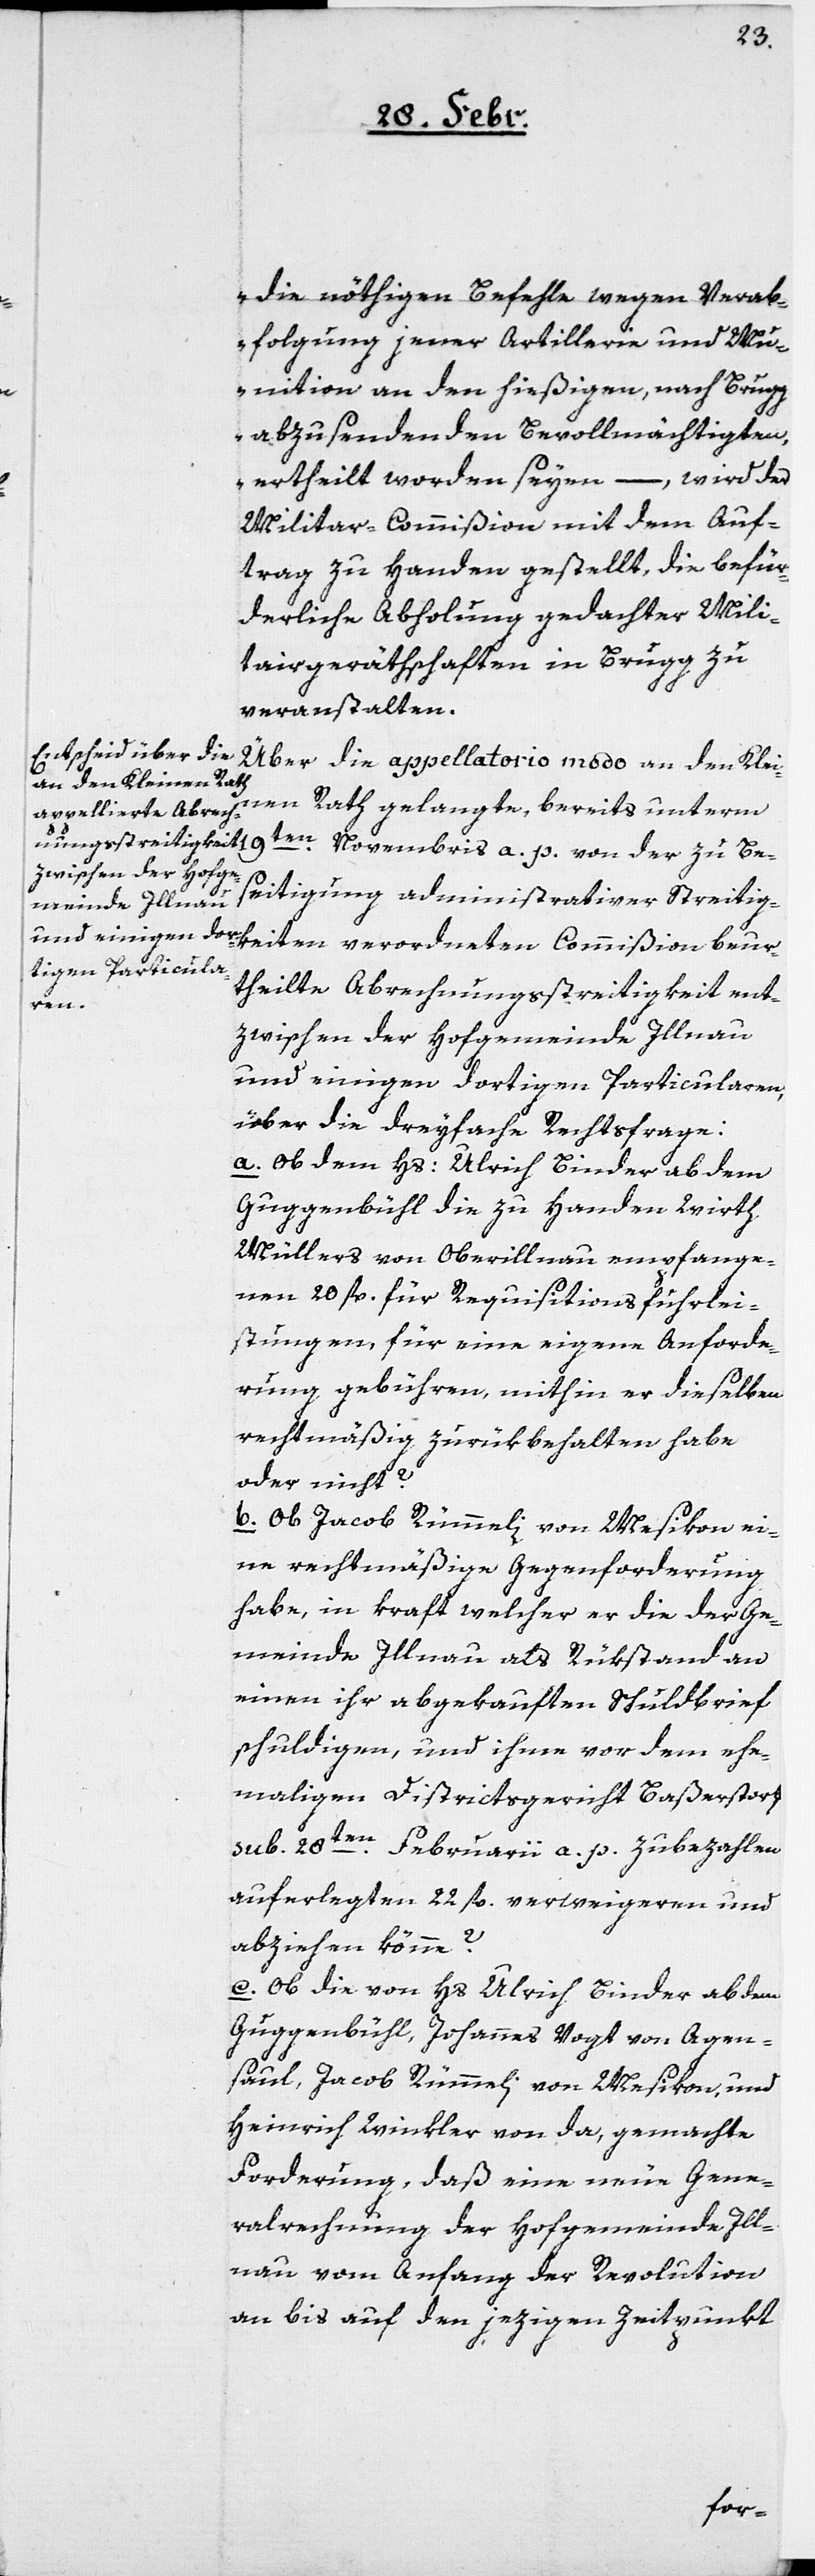
die nöthigen Befehle wegen Verab¬
folgung jener Artillerie und Mu¬
nition an den hießigen, nach Brugg
abzusendenden Bevollmächtigten,
ertheilt worden seyen“, – wird der
Milita[i]r-Commißion mit dem Auf¬
trag zu Handen gestellt, die befür¬
derliche Abholung gedachter Mili¬
tairgeräthschaften in Brugg zu
veranstalten.
Über die appellatorio modo an den Klei¬
nen Rath gelangte, bereits unterm
19ten Novembris a. p. von der zu Be¬
seitigung administrativer Streitig¬
keiten verordneten Commißion beur¬
theilte Abrechnungsstreitigkeit ent¬
zwischen der Hofgemeinde Illnau
und einigen dortigen Particularen,
über die dreyfache Rechtsfrage:
a. Ob dem Hs: Ulrich Binder ab dem
Guggenbühl die zu Handen Wirth
Müllers von Oberillnau empfange¬
nen 20 fl. für Requisitionsfuhrlei¬
stungen, für eine eigene Anforde¬
rung gebühren, mithin er dieselben
rechtmäßig zurükbehalten habe
oder nicht?
b. Ob Jacob Rümmeli von Mesikon ei¬
ne rechtmäßige Gegenforderung
habe, in Kraft welcher er die der Ge¬
meinde Illnau als Rükstand an
einen ihr abgekauften Schuldbrief
schuldigen, und ihme vor dem ehe¬
maligen Districtsgericht Baßerstorf
sub 28ten Februarii a. p. zu bezahlen
aufgerlegten 22 fl. verweigeren und
abziehen könne?
c. Ob die von Hs. Ulrich Binder ab dem
Guggenbühl, Johannes Vogt von Agen¬
saul, Jacob Rümmeli von Mesikon, und
Heinrich Winkler von da, gemachte
Forderung, daß eine neue Gene¬
ralrechnung der Hofgemeinde Ill¬
nau vom Anfang der Revolution
an bis auf den jezigen Zeitpunkt